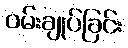
ဝမ်းချုပ်ခြင်း